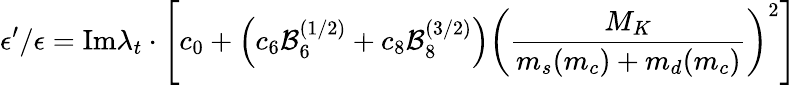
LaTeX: \epsilon^{\prime}/\epsilon=\mathrm{Im}\lambda_{t}\cdot\left[c_{0}+\left(c_{6}{\cal B}_{6}^{(1/2)}+c_{8}{\cal B}_{8}^{(3/2)}\right)\left(\frac{M_{K}}{m_{s}(m_{c})+m_{d}(m_{c})}\right)^{2}\right]